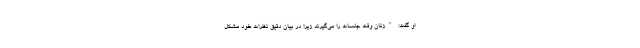
او گفت: "زنان وقت جلسات را می‌گیرند زیرا در بیان دقیق نظرات خود مشکل